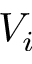
V _ { i }